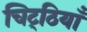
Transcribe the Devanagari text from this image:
चिट्‌ठियाँ